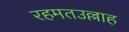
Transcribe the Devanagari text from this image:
रहमतउल्लाह